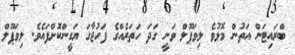
ބްރައިޓަން އަތުން މޮޅުވެ ލިވަޕޫލް ވަނީ ގަދަ ހަތަރެއްގެ ފަހުޖާގަ ޔަގީންކޮށްފައެވެ. ލިވަޕޫލް